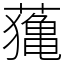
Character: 𦿷